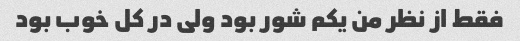
فقط از نظر من یکم شور بود ولی در کل خوب بود